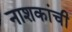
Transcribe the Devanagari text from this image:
नाशकांची